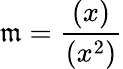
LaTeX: {\mathfrak{m}}={\frac{(x)}{(x^{2})}}